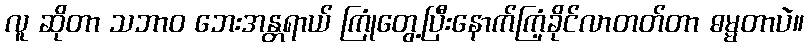
လူ ဆိုတာ သဘာဝ ဘေးအန္တရာယ် ကြုံတွေ့ပြီးနောက်ကြံ့ခိုင်လာတတ်တာ ဓမ္မတာပဲ။